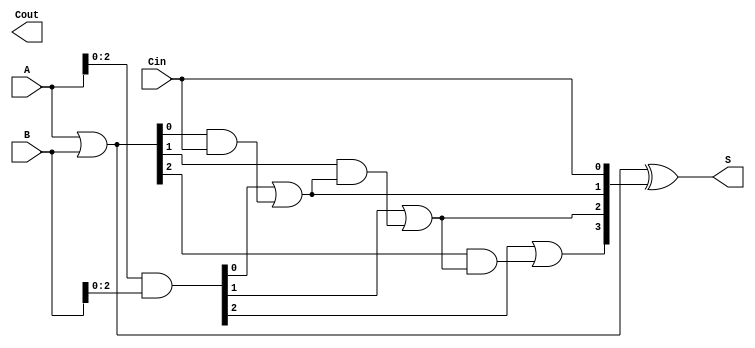
module CarryLookaheadAdder #(parameter n = 4) (
    input  [n-1:0] A,      // First n-bit input
    input  [n-1:0] B,      // Second n-bit input
    input          Cin,     // Carry-in
    output [n-1:0] S,      // n-bit sum output
    output         Cout     // Carry-out
);

    // Generate and Propagate signals
    wire [n-1:0] G; // Generate signals
    wire [n-1:0] P; // Propagate signals
    wire [n:0] C;   // Carry signals (C[0] = Cin)

    // Generate and Propagate calculations
    assign G = A & B;          // G[i] = A[i] & B[i]
    assign P = A | B;          // P[i] = A[i] | B[i]

    // Carry calculations
    assign C[0] = Cin;         // C[0] = Cin

    genvar i;
    generate
        for (i = 0; i < n-1; i = i + 1) begin : carry_calc
            assign C[i+1] = G[i] | (P[i] & C[i]);
        end
    endgenerate

    // Sum calculations
    assign S = P ^ C[n-1:0];   // S[i] = P[i] ^ C[i]

    // Carry-out
    assign Cout = C[n];        // Cout = C[n]

endmodule